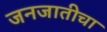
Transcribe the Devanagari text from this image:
जनजातीचा